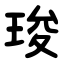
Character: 㻐